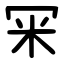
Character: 冞